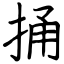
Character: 捅